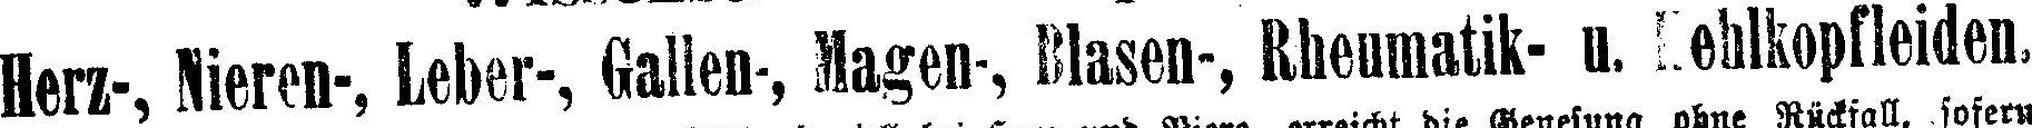
Herz-, Nieren-, Leber-, Gallen-, Magen-, Blasen-, Rheumatik- u. Kehlkopfleiden.